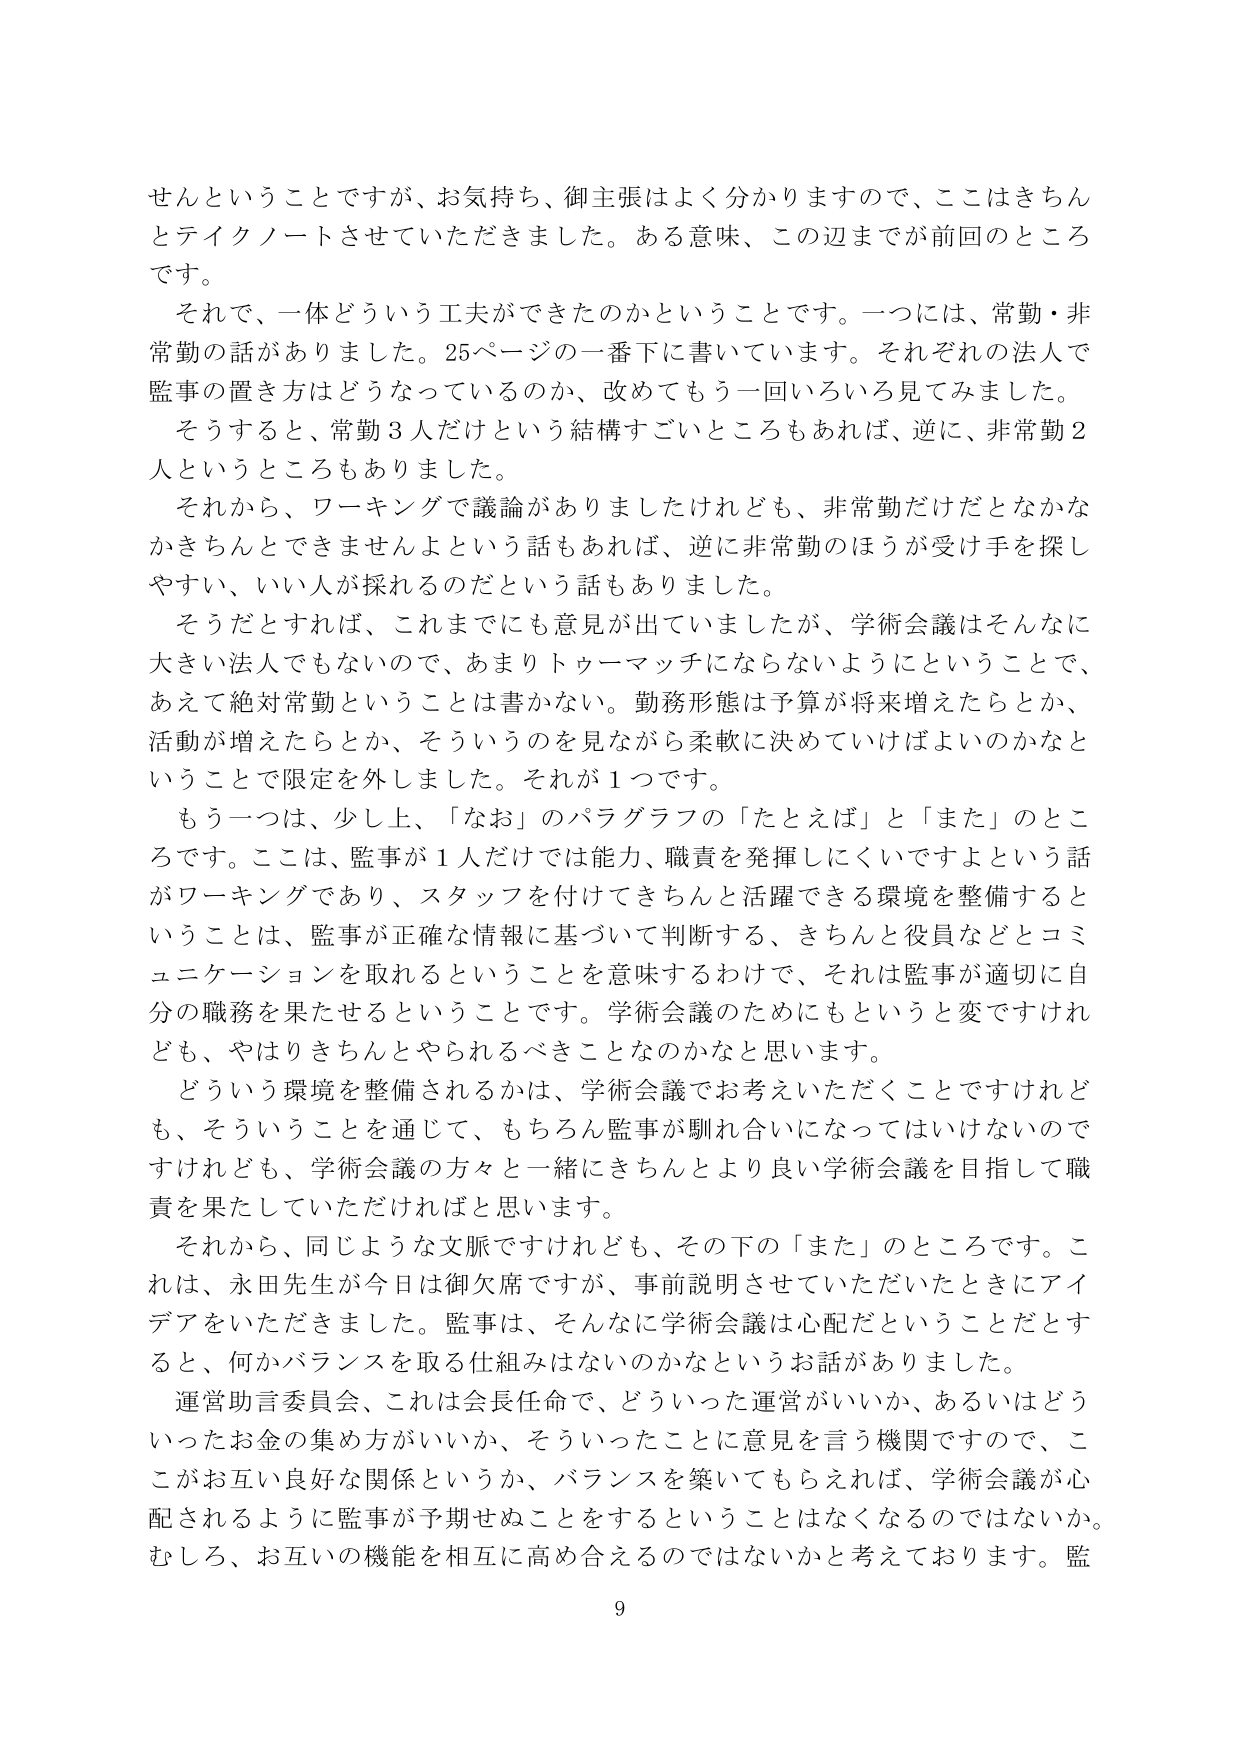
せんということですが、お気持ち、御主張はよく分かりますので、ここはきちんとテイクノートさせていただきました。ある意味、この辺までが前回のところです。

それで、一体どういう工夫ができたのかということです。一つには、常勤・非常勤の話がありました。25ページの一番下に書いています。それぞれの法人で監事の置き方はどうなっているのか、改めてもう一回いろいろ見てみました。

そうすると、常勤3人だけという結構すごいところもあれば、逆に、非常勤2人というところもありました。

それから、ワーキングで議論がありましたけれども、非常勤だけだとなかなかきちんとできませんよという話もあれば、逆に非常勤のほうが受け手を探しやすい、いい人が採れるのだという話もありました。

そうだとすれば、これまでにも意見が出ていましたが、学術会議はそんなに大きい法人でもないので、あまりトゥーマッチにならないようにということで、あえて絶対常勤ということは書かない。勤務形態は予算が将来増えたらとか、活動が増えたらとか、そういうのを見ながら柔軟に決めていけばよいのかなということで限定を外しました。それが1つです。

もう一つは、少し上、「なお」のパラグラフの「たとえば」と「また」のところです。ここは、監事が1人だけでは能力、職責を発揮しにくいですよという話がワーキングであり、スタッフを付けてきちんと活躍できる環境を整備することは、監事が正確な情報に基づいて判断する、きちんと役員などとコミュニケーションを取れるということを意味するわけで、それは監事が適切に自分の職務を果たせるということです。学術会議のためにもというと変ですけれども、やはりきちんとやられるべきことなのかなと思います。

どういう環境を整備されるかは、学術会議でお考えいただくことですが、それも、そういうことを通じて、もちろん監事が馴れ合いになってはいけないのですけれども、学術会議の方々と一緒にきちんとより良い学術会議を目指して職責を果たしていただければと思います。

それから、同じような文脈ですけれども、その下の「また」のところです。これは、永田先生が今日は御欠席ですが、事前説明させていただいたときにアイデアをいただきました。監事は、そんなに学術会議は心配だということだとすると、何かバランスを取る仕組みはないのかなというお話がありました。

運営助言委員会、これは会長任命で、どういった運営がいいか、あるいはどういったお金の集め方がいいか、そういったことに意見を言う機関ですので、ここがお互い良好な関係というか、バランスを築いてもらえれば、学術会議が心配されるように監事が予期せぬことをするということはなくなるのではないか。むしろ、お互いの機能を相互に高め合えるのではないかと考えております。監

9